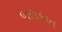
બરાકાત